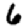
Digit: 6